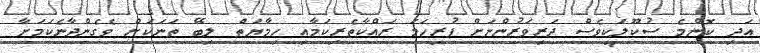
އަދި ކޮންމެ ސުކޫލަކީވެސް ދަރިވަރުންނަށް ފުރިހަމަ ރައްކާތެރިކަމާއި ހިމާޔަތް ލިބޭ ތަނަކަށް ވެގެންދާނެކަމަށާ